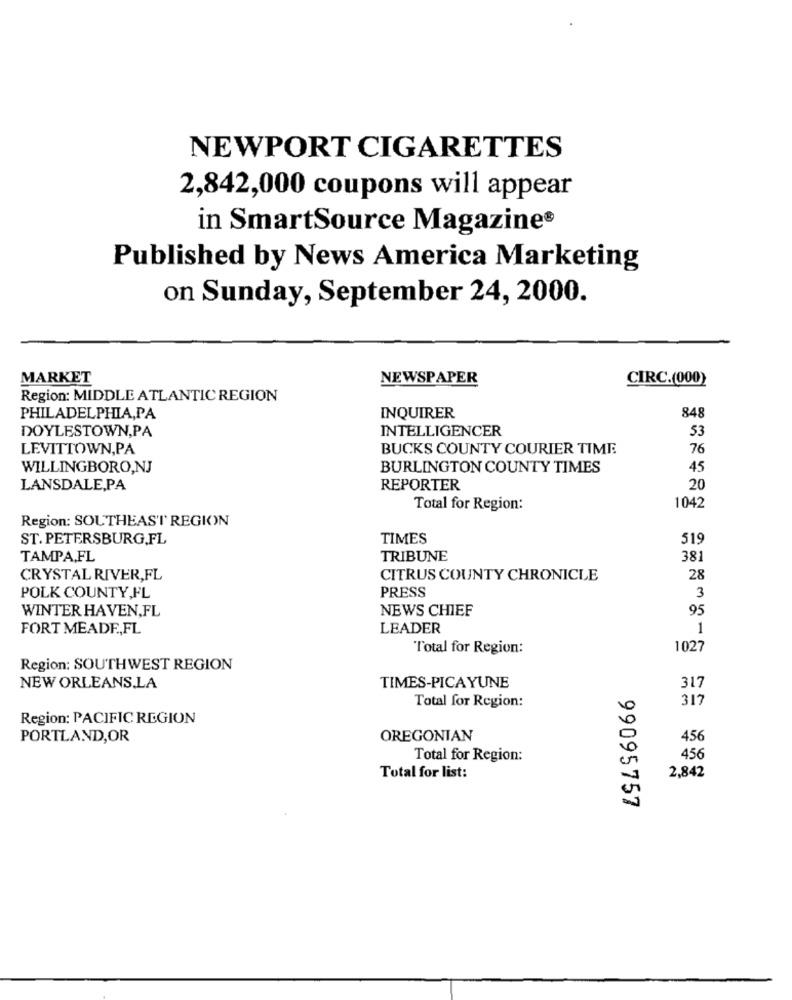
NEWPORT CIGARETTES
2,842,000 coupons will appear
in SmartSource Magazine®
Published by News America Marketing
on Sunday, September 24, 2000.
MARKET
NEWSPAPER
CIRC.(000)
Region: MIDDLE ATLANTIC REGION
848
PHILADELPHIA,PA
INQUIRER
DOYLESTOWN,PA
INTELLIGENCER
53
LEVITTOWN,PA
BUCKS COUNTY COURIER TIME
76
WILLINGBORO,NJ
BURLINGTON COUNTY TIMES
45
LANSDALE,PA
REPORTER
20
1042
Total for Region:
Region: SOUTHEAST REGION
ST.PETERSBURG.FL
TIMES
519
TAMPA,FL
TRIBUNE
38
CRYSTAL RIVER,FL
CITRUS COUNTY CHRONICLE
28
PRESS
POLK COUNTY,FL
3
WINTER HAVEN,FL
NEWS CHIEF
95
FORT MEADE, FL
LEADER
1
Total for Region:
1027
Region: SOUTHWEST REGION
NEW ORLEANS,LA
TIMES-PICAYUNE
317
Total for Region:
317
Region: PACIFIC REGION
PORTLAND,OR
OREGONIAN
456
Total for Region:
456
Total for list:
2,842
99095757